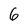
Character: 6